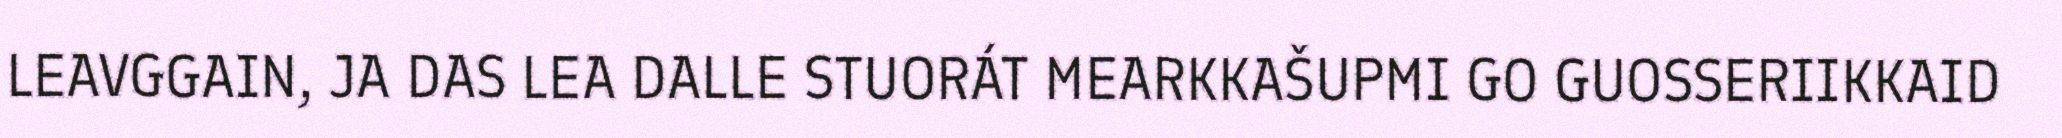
LEAVGGAIN, JA DAS LEA DALLE STUORÁT MEARKKAŠUPMI GO GUOSSERIIKKAID